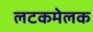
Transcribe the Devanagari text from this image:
लटकमेलक